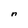
Character: n